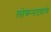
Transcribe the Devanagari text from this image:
लोकनाट्यांचे